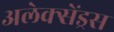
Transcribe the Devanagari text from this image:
अलेक्सेंड्रस